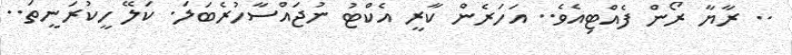
.. ރާޔާ ރޯން ފެއްޓިއެވެ.. އަހަރެން ކާރީ އެކްޓު ނުޖައްސާހުރެބަލަ. ކަލޭ ހީކުރަނީތަ..